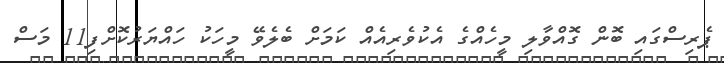
ޕެރިސްގައި ބޮން ގޮއްވާލި މީހެއްގެ އެކުވެރިއެއް ކަމަށް ބެލެވޭ މީހަކު ހައްޔަރުކޮށްފި11 މަސް